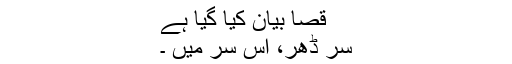
قصا بیان کیا گیا ہے
سر ڈهر، اس سر میں ۔